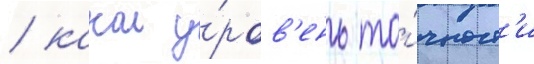
/ какои у́ров'ень то́чност'и